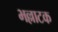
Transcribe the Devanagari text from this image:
भल्लाटक